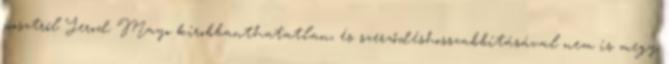
posztról Jerod Mayo kirobbanthatatlan, és szerződéshosszabbításával nem is megy